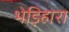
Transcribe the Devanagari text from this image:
भेड़िहारा